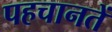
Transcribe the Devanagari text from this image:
पहचानतें